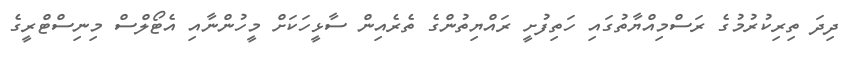
ދިދަ ތިރިކުރުމުގެ ރަސްމިއްޔާތުގައި ހަތިފުށީ ރައްޔިތުންގެ ތެރެއިން ސާޅީހަކަށް މީހުންނާއި އެޓޯލްސް މިނިސްޓްރީގެ